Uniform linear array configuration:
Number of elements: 4
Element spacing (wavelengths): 0.25
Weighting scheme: exponential
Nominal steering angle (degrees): -60
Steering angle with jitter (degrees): -59.32
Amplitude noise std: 0.05
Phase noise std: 0.05

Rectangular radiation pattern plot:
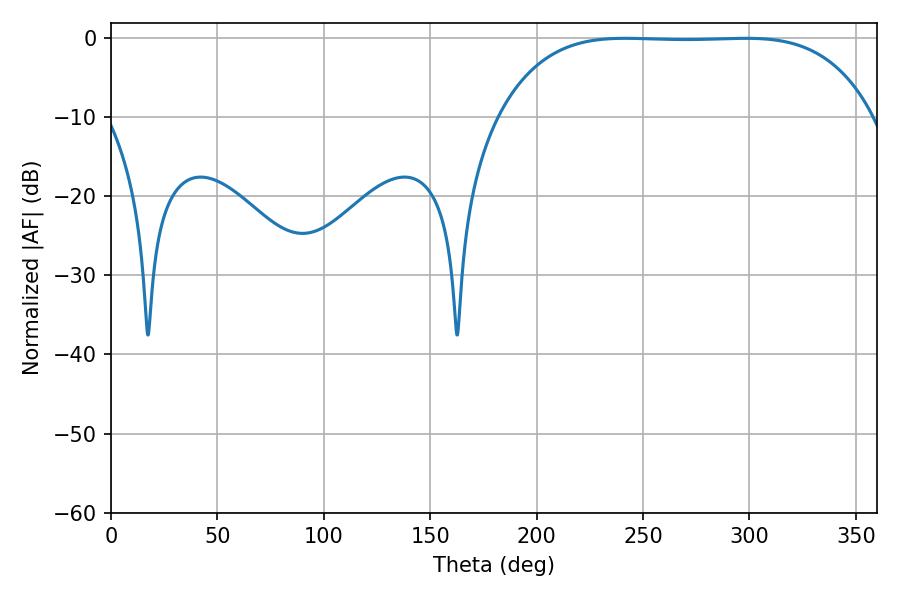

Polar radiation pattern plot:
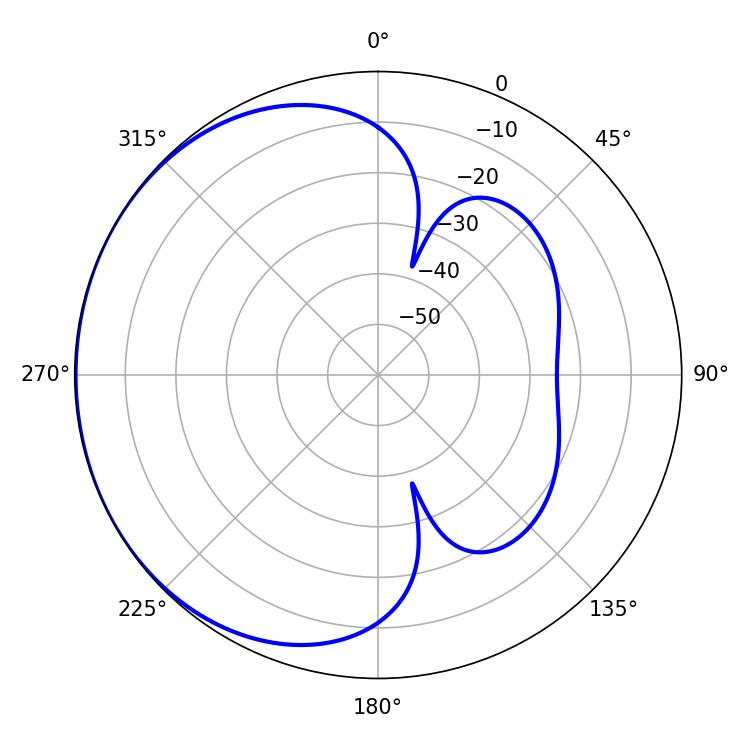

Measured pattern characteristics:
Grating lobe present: FALSE
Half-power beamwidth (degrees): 135.72
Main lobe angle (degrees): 241.74